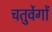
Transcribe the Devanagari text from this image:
चतुर्वेगों